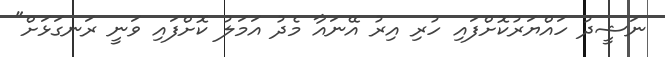
ނަޝީދު ހައްޔަރުކޮށްފައި ހުރި އިރު އޭނައާ މެދު އަމަލު ކޮށްފައި ވަނީ ރަނގަޅަށް"